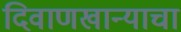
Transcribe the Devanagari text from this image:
दिवाणखान्याचा